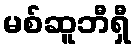
မစ်ဆူဘီရှီ